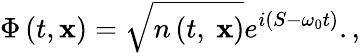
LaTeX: \Phi\left(t,{\mathbf x}\right)=\sqrt{n\left(t,\ {\mathbf x}\right)}e^{i(S-\omega_{0}t)}.,